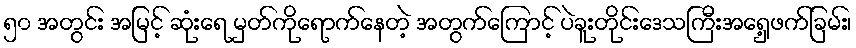
၅၀ အတွင်း အမြင့် ဆုံးရေ မှတ်ကိုရောက်နေတဲ့ အတွက်ကြောင့် ပဲခူးတိုင်းဒေသကြီးအရှေ့ဖက်ခြမ်း၊